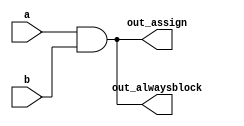
// synthesis verilog_input_version verilog_2001
module top_module(
    input a, 
    input b,
    output wire out_assign,
    output reg out_alwaysblock
);
    
	assign out_assign = a & b;
	always @(*) out_alwaysblock = a & b;    
  
endmodule